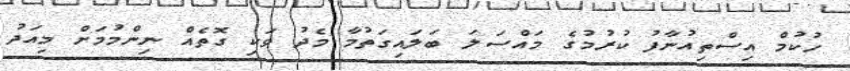
ހުކުމް އިސްތިއުނާފު ކުރުމުގެ މައްސަލަ ބަލައިގަތުމާ މެދު ވަކި ގޮތެއް ނިންމުމަށް މިއަދު